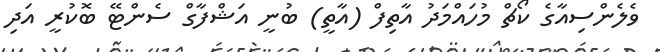
ވެލެންސިއާގެ ކޯޗް މުހައްމަދު އާތިފް (އާތީ) ބުނީ އަޝްފާގް ސެންޓޭ ބޮކުރީ އަދި